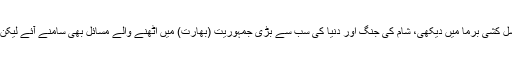
اس اتحاد میں ہم نے سوشل میڈیا عہد کی پہلی نسل کشی برما میں دیکھی، شام کی جنگ اور دنیا کی سب سے بڑی جمہوریت (بھارت) میں اٹھنے والے مسائل بھی سامنے آئے لیکن توجہ حاصل کی صرف مغرب کے مسائل نے۔